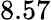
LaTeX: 8.57